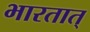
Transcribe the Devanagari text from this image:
भारतात्